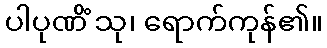
ပါပုဏိံ သု၊ ရောက်ကုန်၏။